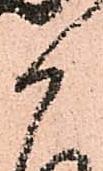
御